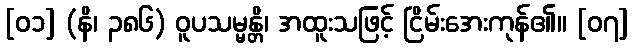
[၀၁] (နိ၊ ၃၈၆) ဝူပသမ္မန္တိ၊ အထူးသဖြင့် ငြိမ်းအေးကုန်၏။ [၀၇]